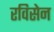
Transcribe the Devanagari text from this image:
रविसेन